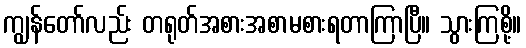
ကျွန်တော်လည်း တရုတ်အစားအစာမစားရတာကြာပြီ။ သွားကြစို့။